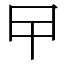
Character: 曱